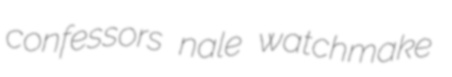
confessors nale watchmake